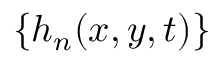
\{ h _ { n } ( x , y , t ) \}